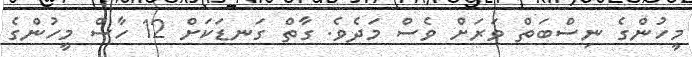
މީހުންގެ ނިސްބަތް ވަރަށް ވެސް މަދެވެ. ގާތް ގަނޑަކަށް 12 ހާސް މީހުންގެ